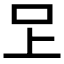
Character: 𭆽